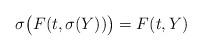
LaTeX: \begin{align*} \sigma\bigl( F(t,\sigma(Y))\bigr) = F(t, Y) \end{align*}